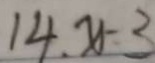
1 4 . x - 3